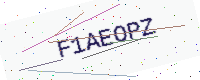
Text: F1AEOPZ